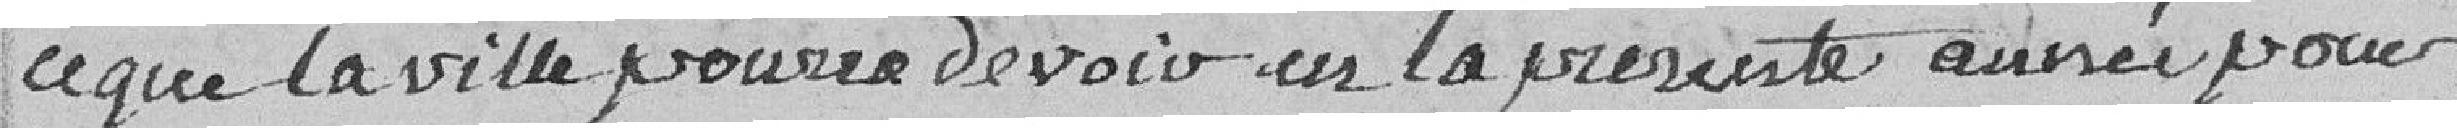
ce que la Ville pourra devoir sur la présente année pour